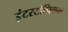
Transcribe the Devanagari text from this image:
इंटरटॉपिकल